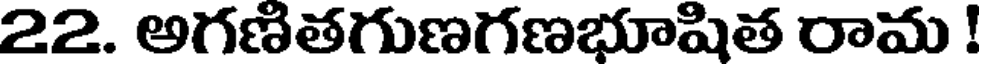
22. అగణితగుణగణభూషిత రామ !